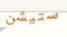
ستيشن